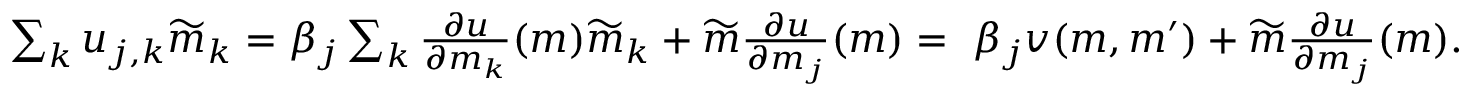
\begin{array} { r } { \sum _ { k } u _ { j , k } \widetilde { m } _ { k } = \beta _ { j } \sum _ { k } \frac { \partial u } { \partial m _ { k } } ( \boldsymbol { m } ) \widetilde { m } _ { k } + \widetilde { m } \frac { \partial u } { \partial m _ { j } } ( \boldsymbol { m } ) = \ \beta _ { j } v ( \boldsymbol { m } , \boldsymbol { m } ^ { \prime } ) + \widetilde { m } \frac { \partial u } { \partial m _ { j } } ( \boldsymbol { m } ) . } \end{array}